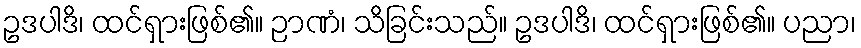
ဥဒပါဒိ၊ ထင်ရှားဖြစ်၏။ ဉာဏံ၊ သိခြင်းသည်။ ဥဒပါဒိ၊ ထင်ရှားဖြစ်၏။ ပညာ၊